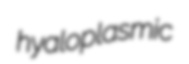
hyaloplasmic